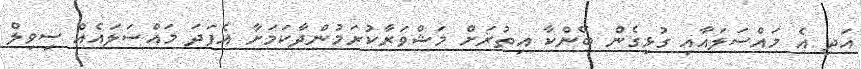
އަދި އެ މައްސަލައާއި ގުޅިގެން ބޭންކާ އިތުރަށް މަޝްވަރާކުރަމުންދާކަަމަށާ އެފަދަ މައްސަލައެއް ސިވިލް